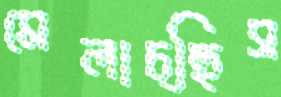
মেলাচ্ছিস